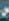
ر